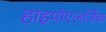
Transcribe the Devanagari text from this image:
हाइपोएलर्जिक